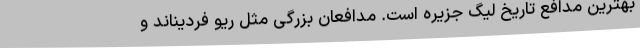
بهترین مدافع تاریخ لیگ جزیره است. مدافعان بزرگی مثل ریو فردیناند و